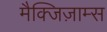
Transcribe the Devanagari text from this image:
मैक्जिज़ाम्स